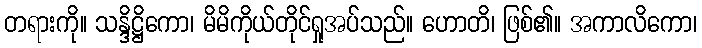
တရားကို။ သန္ဒိဋ္ဌိကော၊ မိမိကိုယ်တိုင်ရှုအပ်သည်။ ဟောတိ၊ ဖြစ်၏။ အကာလိကော၊